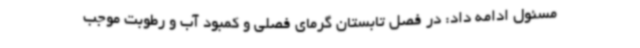
مسئول ادامه داد: در فصل تابستان گرمای فصلی و کمبود آب و رطوبت موجب